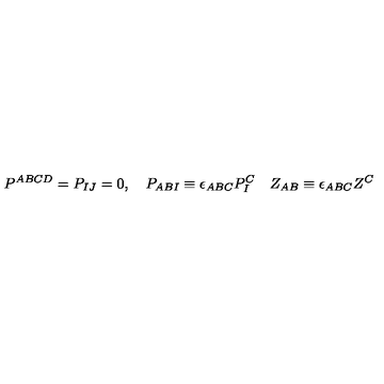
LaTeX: P ^ { A B C D } = P _ { I J } = 0 , \quad P _ { A B I } \equiv \epsilon _ { A B C } P _ { I } ^ { C } \quad Z _ { A B } \equiv \epsilon _ { A B C } Z ^ { C }